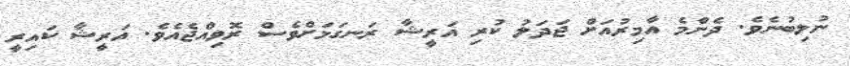
ނުލިބުނެވެ. ދެންމެ އާމިރުއަށް ޖަދަލު ކުރި އަރީޝާ ރަނގަޅަށްވެސް ރޮވިއްޖެއެވެ. އަރީޝާ ކައިރީ